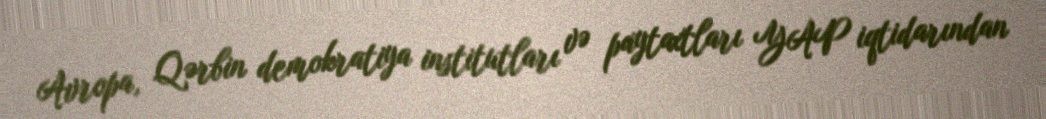
Avropa, Qərbin demokratiya institutları və paytaxtları YAP iqtidarından